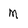
Character: M